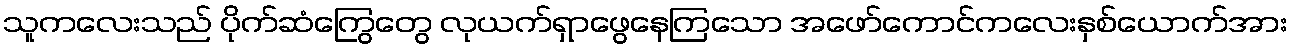
သူကလေးသည် ပိုက်ဆံကြွေတွေ လုယက်ရှာဖွေနေကြသော အဖော်ကောင်ကလေးနှစ်ယောက်အား